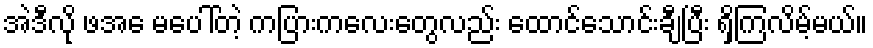
အဲဒီလို ဖအေ မပေါ်တဲ့ ကပြားကလေးတွေလည်း ထောင်သောင်းချီပြီး ရှိကြလိမ့်မယ်။